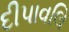
દીપાવલિ